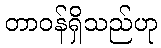
တာဝန်ရှိသည်ဟု